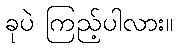
ခုပဲ ကြည့်ပါလား။